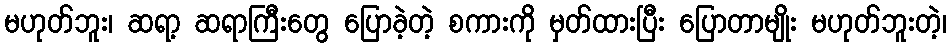
မဟုတ်ဘူး၊ ဆရာ့ ဆရာကြီးတွေ ပြောခဲ့တဲ့ စကားကို မှတ်ထားပြီး ပြောတာမျိုး မဟုတ်ဘူးတဲ့၊